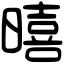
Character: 暿